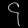
Digit: ၄